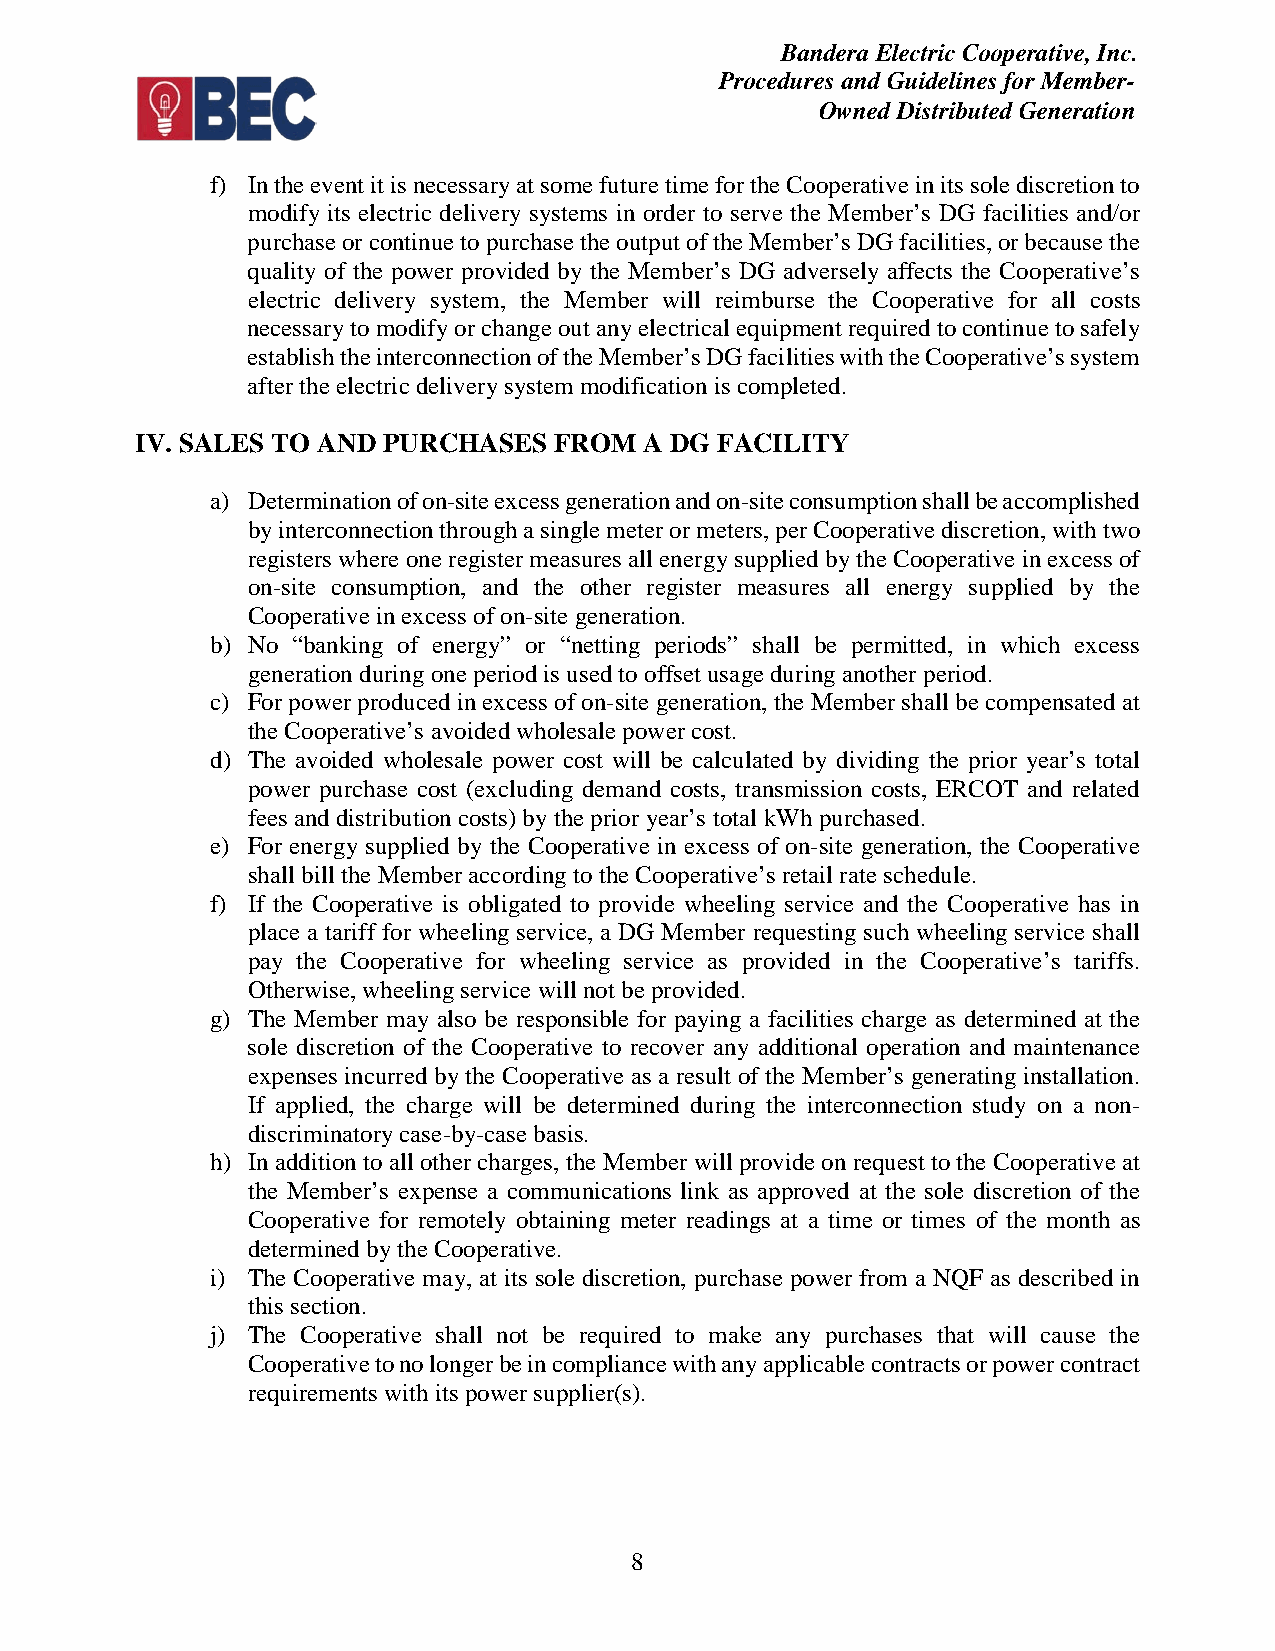
Bandera Electric Cooperative, Inc.
 Procedures and Guidelines for Member-
 Owned Distributed Generation
 f) In the event it is necessary at some future time for the Cooperative in its sole discretion to
 modify its electric delivery systems in order to serve the Member’s DG facilities and/or
 purchase or continue to purchase the output of the Member’s DG facilities, or because the
 quality of the power provided by the Member’s DG adversely affects the Cooperative’s
 electric delivery system, the Member will reimburse the Cooperative for all costs
 necessary to modify or change out any electrical equipment required to continue to safely
 establish the interconnection of the Member’s DG facilities with the Cooperative’s system
 after the electric delivery system modification is completed.
 IV. SALES TO AND PURCHASES  FROM  A DG FACILITY
 a) Determination of on-site excess generation and on-site consumption shall be accomplished
 by interconnection through a single meter or meters, per Cooperative discretion, with two
 registers where one register measures all energy supplied by the Cooperative in excess of
 on-site consumption, and the other register measures all energy supplied by the
 Cooperative in excess of on-site generation.
 b) No “banking of energy” or “netting periods” shall be permitted, in which excess
 generation during one period is used to offset usage during another period.
 c) For power produced in excess of on-site generation, the Member shall be compensated at
 the Cooperative’s avoided wholesale power cost.
 d) The avoided wholesale power cost will be calculated by dividing the prior year’s total
 power purchase cost (excluding demand costs, transmission costs, ERCOT and related
 fees and distribution costs) by the prior year’s total kWh purchased.
 e) For energy supplied by the Cooperative in excess of on-site generation, the Cooperative
 shall bill the Member according to the Cooperative’s retail rate schedule.
 f) If the Cooperative is obligated to provide wheeling service and the Cooperative has in
 place a tariff for wheeling service, a DG Member requesting such wheeling service shall
 pay the Cooperative for wheeling service as provided in the Cooperative’s tariffs.
 Otherwise, wheeling service will not be provided.
 g) The Member may also be responsible for paying a facilities charge as determined at the
 sole discretion of the Cooperative to recover any additional operation and maintenance
 expenses incurred by the Cooperative as a result of the Member’s generating installation.
 If applied, the charge will be determined during the interconnection study on a non-
 discriminatory case-by-case basis.
 h) In addition to all other charges, the Member will provide on request to the Cooperative at
 the Member’s expense a communications link as approved at the sole discretion of the
 Cooperative for remotely obtaining meter readings at a time or times of the month as
 determined by the Cooperative.
 i) The Cooperative may, at its sole discretion, purchase power from a NQF as described in
 this section.
 j) The Cooperative shall not be required to make any purchases that will cause the
 Cooperative to no longer be in compliance with any applicable contracts or power contract
 requirements with its power supplier(s).
 8